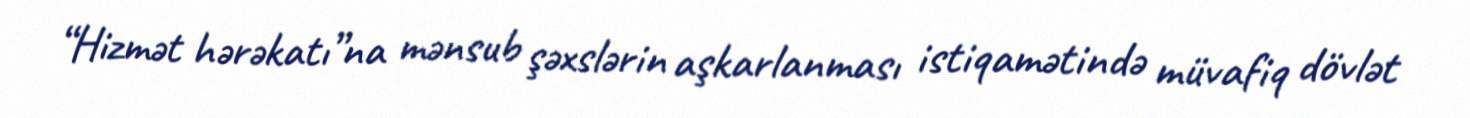
“Hizmət hərəkatı”na mənsub şəxslərin aşkarlanması istiqamətində müvafiq dövlət